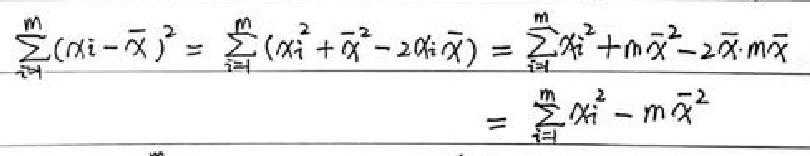
\begin{align*}
\frac{1}{n}\sum_{i = 1}^{m}(x_{i}-\overline{x})^{2}&=\frac{1}{n}\sum_{i = 1}^{m}(x_{i}^{2}+\overline{x}^{2}-2x_{i}\overline{x})\\
&=\frac{1}{n}\sum_{i = 1}^{m}x_{i}^{2}+n\overline{x}^{2}-2\overline{x}\cdot n\overline{x}\\
&=\frac{1}{n}\sum_{i = 1}^{m}x_{i}^{2}-n\overline{x}^{2}
\end{align*}